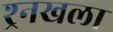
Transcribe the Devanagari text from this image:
श्र्र्नखला